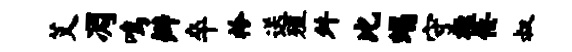
艾凋鸣辫卒衿送殖舛比蝎守楹佞叔